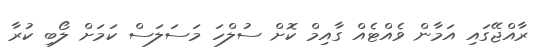
ރާއްޖޭގައި އަމާން ވެއްޓެއް ގާއިމް ކޮށް ސުލްހަ މަސަލަސް ކަމަށް ލޯބި ކުރާ